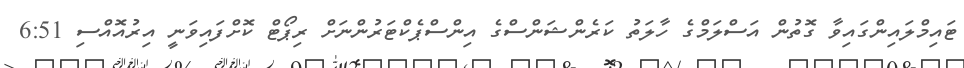
ޓައިމްލައިންގައިވާ ގޮތުން އަސްލަމްގެ ހާލަތު ކަރެންޝަންސްގެ އިންސްޕެކްޓަރުންނަށް ރިޕޯޓް ކޮށްފައިވަނީ އިރުއޮއްސި 6:51